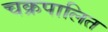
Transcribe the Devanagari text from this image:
चक्रपालित